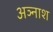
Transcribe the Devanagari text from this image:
अञ्नाश